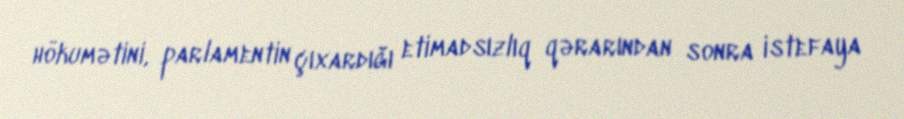
hökumətini, parlamentin çıxardığı etimadsızlıq qərarından sonra istefaya